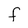
Character: f